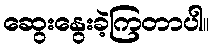
ဆွေးနွေးခဲ့ကြတာပါ။